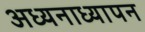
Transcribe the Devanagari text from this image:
अध्यनाध्यापन